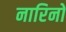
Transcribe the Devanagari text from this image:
नारिनो